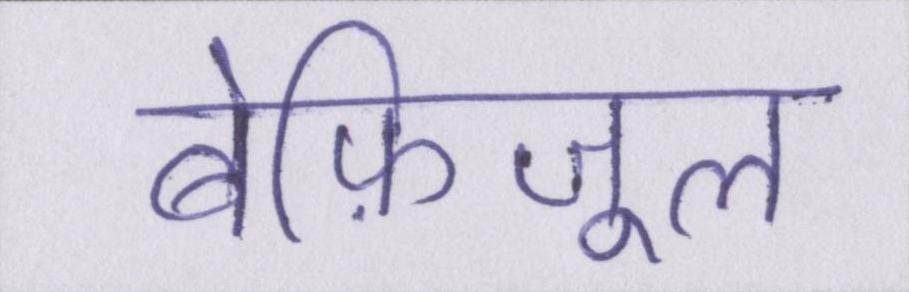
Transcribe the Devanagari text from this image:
बेफ़िजूल